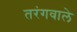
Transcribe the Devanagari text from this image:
तरंगवाले